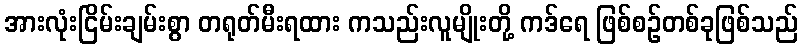
အားလုံးငြိမ်းချမ်းစွာ တရုတ်မီးရထား ကသည်းလူမျိုးတို့ ကဒ်ရေ ဖြစ်စဉ်တစ်ခုဖြစ်သည်